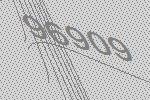
96909